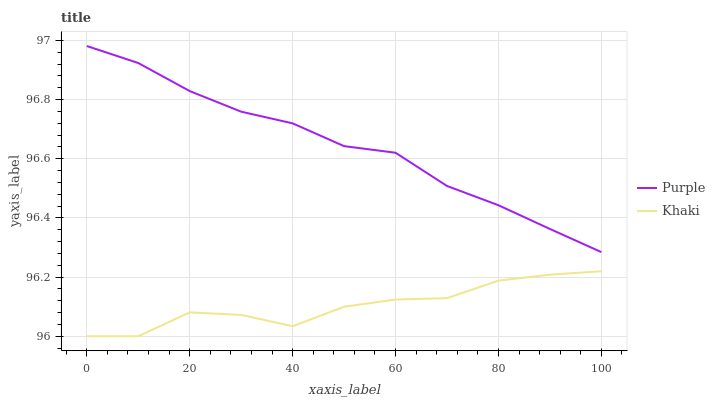
| xaxis_label | Purple | Khaki |
 | --- | --- | --- |
 | 0 | 97 | 96 |
 | 10 | 96.9 | 96 |
 | 20 | 96.8 | 96.1 |
 | 30 | 96.8 | 96.1 |
 | 40 | 96.7 | 96 |
 | 50 | 96.6 | 96.1 |
 | 60 | 96.6 | 96.1 |
 | 70 | 96.5 | 96.1 |
 | 80 | 96.4 | 96.2 |
 | 90 | 96.4 | 96.2 |
 | 100 | 96.3 | 96.2 |